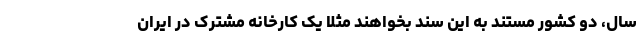
سال، دو کشور مستند به این سند بخواهند مثلا یک کارخانه مشترک در ایران